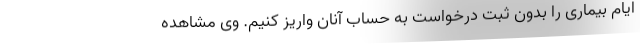
ایام بیماری را بدون ثبت درخواست به حساب آنان واریز کنیم. وی مشاهده